Vaccination in Bombay 1869-1873 - 1869-1873
Year: 1869
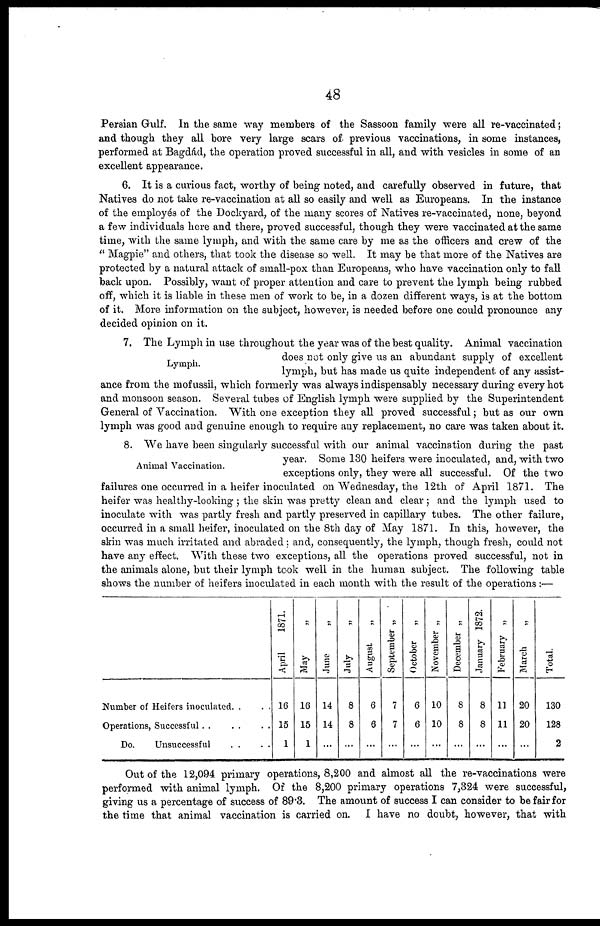
48
Persian Gulf. In the same way members of the Sassoon family were all re-vaccinated;
and though they all bore very large scars of previous vaccinations, in some instances,
performed at Bagdád, the operation proved successful in all, and with vesicles in some of an
excellent appearance.
6. It is a curious fact, worthy of being noted, and carefully observed in future, that
Natives do not take re-vaccination at all so easily and well as Europeans. In the instance
of the employés of the Dockyard, of the many scores of Natives re-vaccinated, none, beyond
a few individuals here and there, proved successful, though they were vaccinated at the same
time, with the same lymph, and with the same care by me as the officers and crew of the
" Magpie" and others, that took the disease so well. It may be that more of the Natives are
protected by a natural attack of small-pox than Europeans, who have vaccination only to fall
back upon. Possibly, want of proper attention and care to prevent the lymph being rubbed
off, which it is liable in these men of work to be, in a dozen different ways, is at the bottom
of it. More information on the subject, however, is needed before one could pronounce any
decided opinion on it.
Lymph.
7. The Lymph in use throughout the year was of the best quality. Animal vaccination
does not only give us an abundant supply of excellent
lymph, but has made us quite independent of any assist-
ance from the mofussil, which formerly was always indispensably necessary during every hot
and monsoon season. Several tubes of English lymph were supplied by the Superintendent
General of Vaccination. With one exception they all proved successful; but as our own
lymph was good and genuine enough to require any replacement, no care was taken about it.
Animal Vaccination.
8. We have been singularly successful with our animal vaccination during the past
year. Some 130 heifers were inoculated, and, with two
exceptions only, they were all successful. Of the two
failures one occurred in a heifer inoculated on Wednesday, the 12th of April 1871. The
heifer was healthy-looking ; the skin was pretty clean and clear ; and the lymph used to
inoculate with was partly fresh and partly preserved in capillary tubes. The other failure,
occurred in a small heifer, inoculated on the 8th day of May 1871. In this, however, the
skin was much irritated and abraded; and, consequently, the lymph, though fresh, could not
have any effect. With these two exceptions, all the operations proved successful, not in
the animals alone, but their lymph took well in the human subject. The following table
shows the number of heifers inoculated in each month with the result of the operations :—
Number of Heifers inoculated. .
. .
Operations, Successful
Do. Unsuccessful.....
April
1871.
16
15
1
May
„
16
15
1
June
„
14
14
...
July„
8
8
...
August
„
6
6
...
September „
7
7
...
October
„
6
6
...
November „
10
10
...
December „
8
8
...
January 1872.
8
8
...
February „
11
11
...
March
„
20
20
...
Total.
130
128
2
Out of the 12,094 primary operations, 8,200 and almost all the re-vaccinations were
performed with animal lymph. Of the 8,200 primary operations 7,324 were successful,
giving us a percentage of success of 89.3. The amount of success I can consider to be fair for
the time that animal vaccination is carried on. I have no doubt, however, that with